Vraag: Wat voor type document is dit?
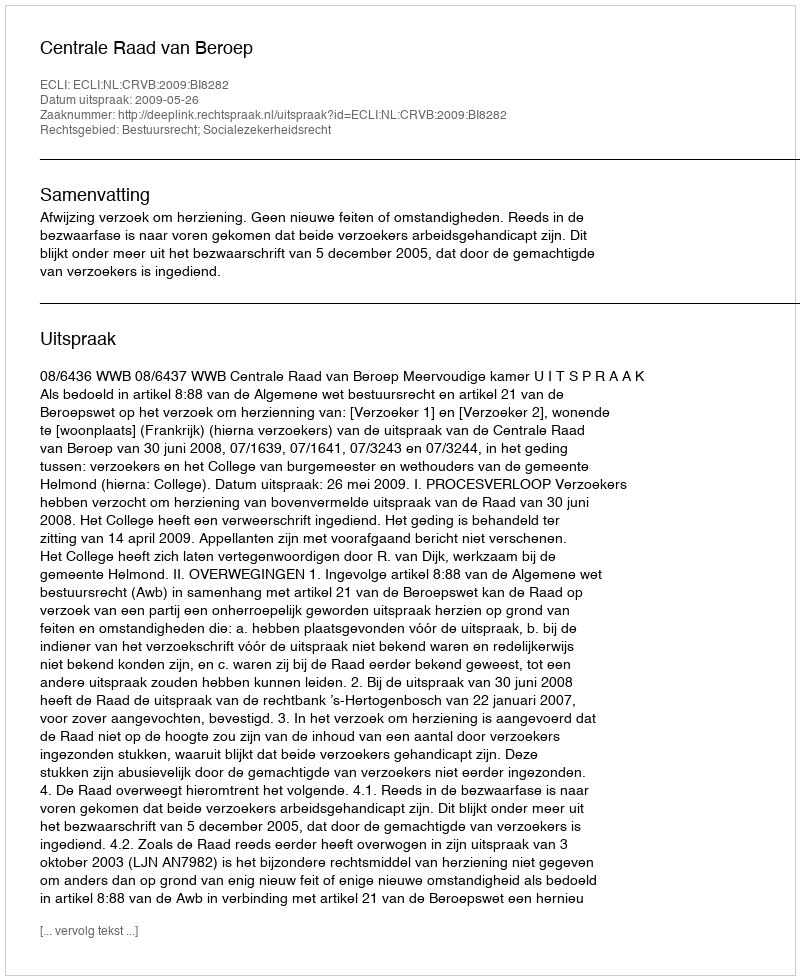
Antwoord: Uitspraak